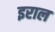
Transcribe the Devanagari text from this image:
इराल